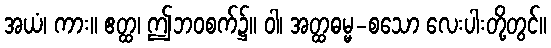
အယံ၊ ကား။ ဧတ္ထ၊ ဤဘဝစက်၌။ ဝါ၊ အတ္ထဓမ္မ-စသော လေးပါးတို့တွင်။